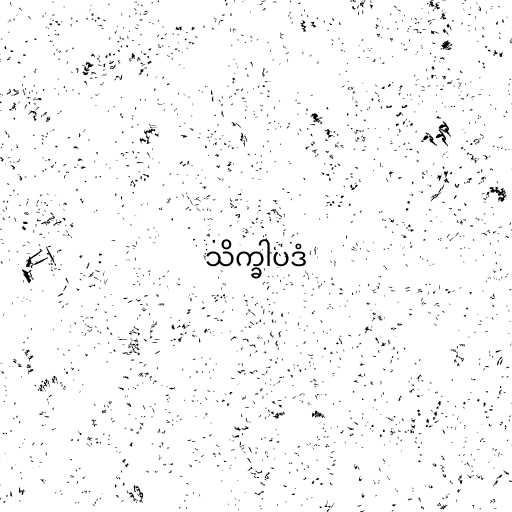
သိက္ခါပဒံ